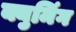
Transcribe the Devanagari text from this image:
क्युमिंग